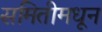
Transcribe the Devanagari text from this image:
समितीमधून